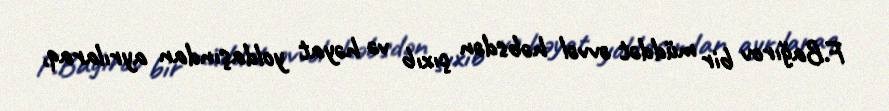
F.Bağırov bir müddət əvvəl həbsdən çıxıb və həyat yoldaşından ayrılaraq,